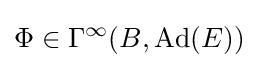
\Phi \in \Gamma ^{\infty }(B,\operatorname {Ad} (E))